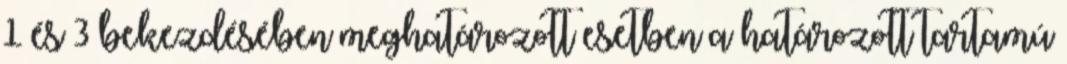
1 és 3 bekezdésében meghatározott esetben a határozott tartamú